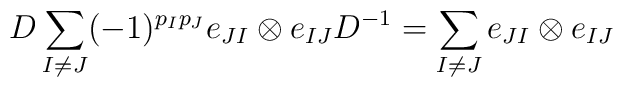
D\sum_{I\neq J}(-1)^{p_{I}p_{J}}e_{JI}\otimes e_{IJ}D^{-1}=\sum_{I\neq J}e_{JI}\otimes e_{IJ}